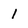
Character: 1